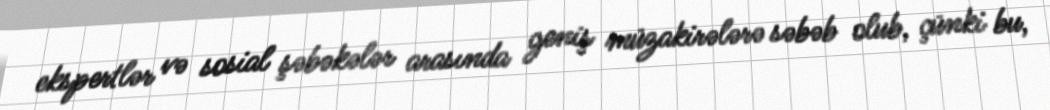
ekspertlər və sosial şəbəkələr arasında geniş müzakirələrə səbəb olub, çünki bu,